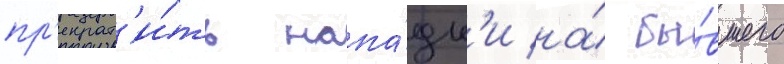
пр'екрат'и́ть напа́дк'и на́ бы́вшего